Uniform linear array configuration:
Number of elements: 48
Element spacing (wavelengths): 0.25
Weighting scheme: hann
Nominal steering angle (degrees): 45
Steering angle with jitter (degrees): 46.279
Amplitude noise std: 0.05
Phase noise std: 0.05

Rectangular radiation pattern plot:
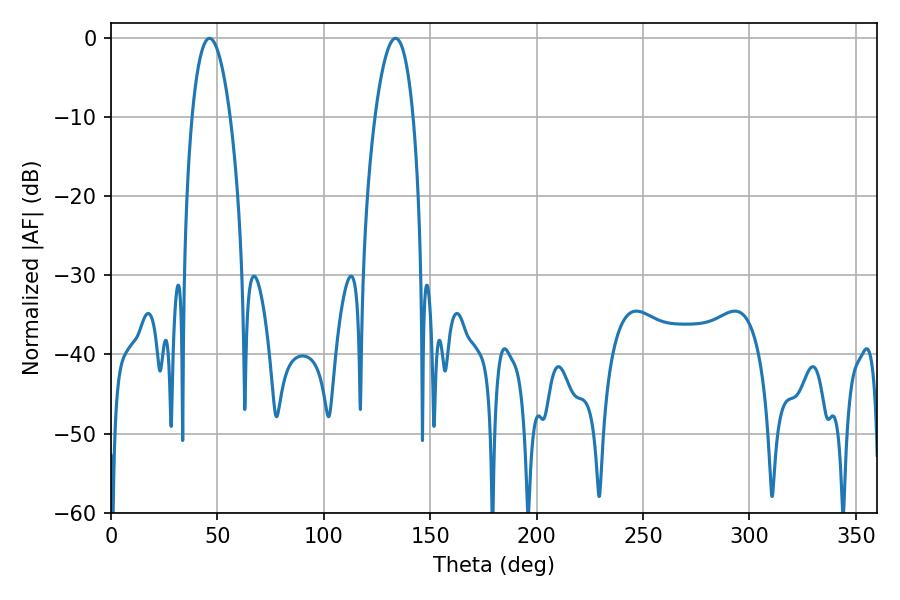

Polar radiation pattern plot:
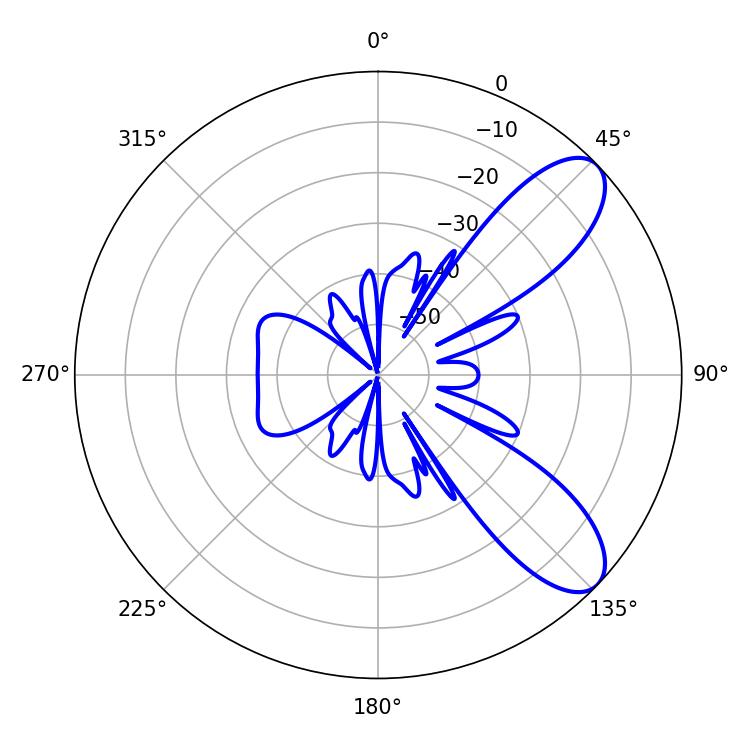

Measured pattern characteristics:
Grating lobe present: FALSE
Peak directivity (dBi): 8.702
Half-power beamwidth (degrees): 9.9
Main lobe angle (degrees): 46.26